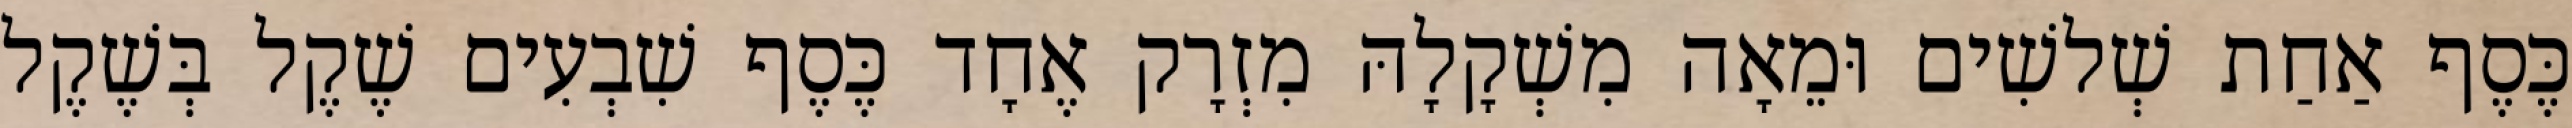
כֶּסֶף אַחַת שְׁלשִׁים וּמֵאָה מִשְׁקָלָהּ מִזְרָק אֶחָד כֶּסֶף שִׁבְעִים שֶׁקֶל בְּשֶׁקֶל